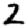
Digit: 2